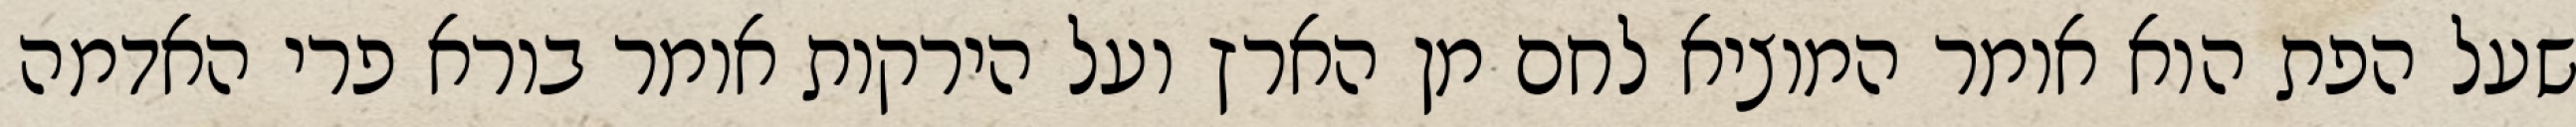
שעל הפת הוא אומר המוציא לחם מן הארץ ועל הירקות אומר בורא פרי האדמה